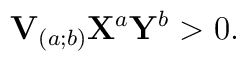
\mathbf{V}_{(a;b)}\mathbf{X}^a \mathbf{Y}^b >0.